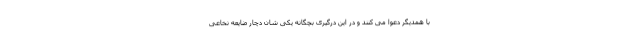
با همدیگر دعوا می کنند و در این درگیری بچگانه یکی شان دچار ضایعه نخاعی